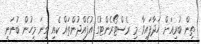
ތިން ބުރިއަށް ހަދާފައިވާ މި ރެސްޓޯރެންޓުގެ އުފެއްދުންތައް ކެއި ގިނަ މީހުން ބުނަނީ